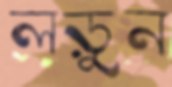
লড়ুন